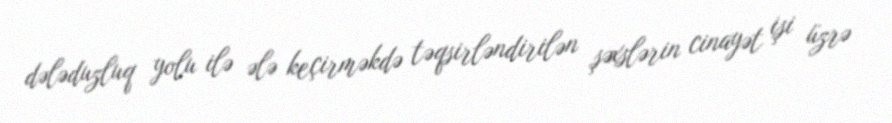
dələduzluq yolu ilə ələ keçirməkdə təqsirləndirilən şəxslərin cinayət işi üzrə